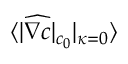
\langle | \widehat { \nabla c } | _ { c _ { 0 } } | _ { \kappa = 0 } \rangle